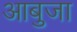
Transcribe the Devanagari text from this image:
आबुजा